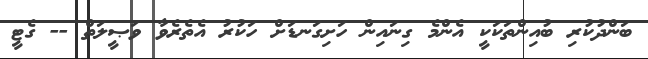
ބަންދުކުރި ބުއިންތަކަކީ އެންމެ ގިނައިން ހަށިގަނޑަށް ހަކުރު އެތެރެވާ ވަޞީލަތް -- ގެޓީ